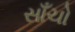
સાઁચો